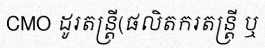
CMO ដូរតន្ត្រី(ផលិតករតន្ត្រី ឬ